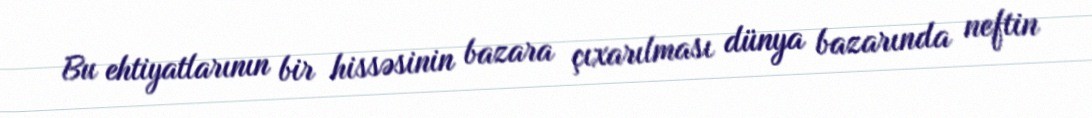
Bu ehtiyatlarının bir hissəsinin bazara çıxarılması dünya bazarında neftin